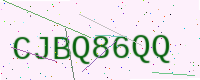
Text: CJBQ86QQ